Civil Veterinary Department Bihar & Orissa reports 1911-21 - 1911-1921
Year: 1911
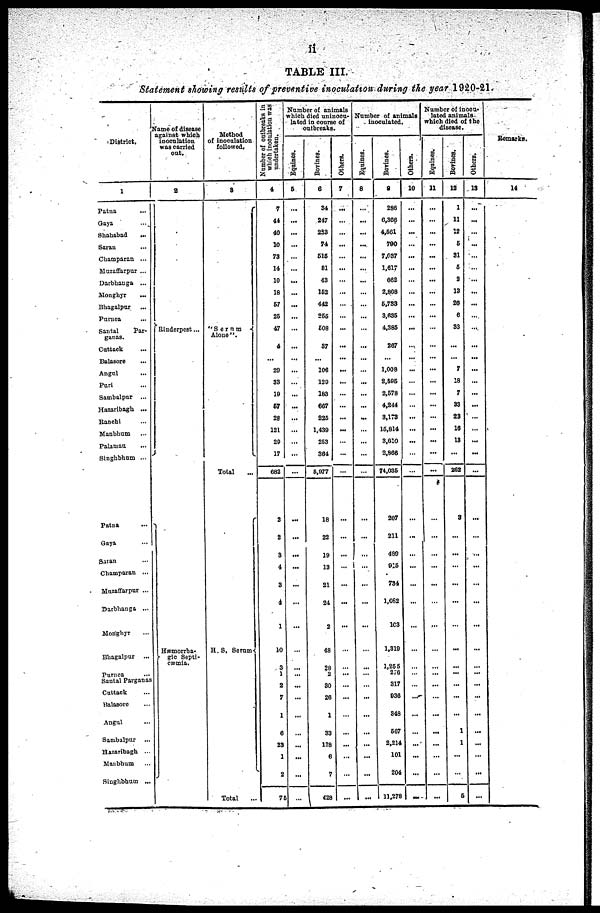
ii
TABLE III.
Statement showing results of preventive inoculation-during the year 1920-21.
District.
1
Patna ...
Gaya ...
Shahabad
...
Saran ...
Champaran ...
Muzaffarpur ...
Darbhanga ...
Monghyr ...
Bhagalpur ...
Parnea ...
Santal
Par-
ganas.
Cuttack ...
Balasore ...
Angul ...
Pari ...
Sambalpur ...
Hazaribagh ...
Ranchi ...
Manbhum ...
Palaman ...
Singhbhum ...
Patna ...
Gaya ...
Satan ...
Champaran ...
Muzaffarpur ...
Darbhanga ...
Monghyr ...
Bhagalpur ...
Purnea ...
Santal Parganas
Cattack ...
Balasore ...
Angul ...
Sambalpur ...
Hazaribagh ...
Manbhum ...
Singhbhum ...
Name of disease
against which
inoculation
was carried
out.
2
Rinderpest...
Hæmorrha-
gic Septi-
cæmia.
Method
of inoculation.
followed.
3
"Serum
Alone".
Total ...
H. S. Serum-
Total ...
Number of outbreaks in
which inoculation was
undertaken.
4
1
44
40
10
73
14
10
18
67
26
47
4
...
29
33
10
67
28
121
29
17
682
2
2
3
4
3
1
1
10
3
1
2
7
1
6
23
1
2
75
Number of animals
which died uninocu-
lated in course of
outbreaks.
Equines.
6
...
...
...
...
...
...
...
...
...
...
...
...
...
...
...
...
...
...
...
...
...
...
...
...
...
...
...
...
...
...
...
...
...
...
...
...
...
......
...
...
Bovines.
6
34
217
233
74
616
81
43
162
442
266
608
37
...
106
129
188
667
225
1,439
253
364
5,977
18
22
19
13
21
24
2
48
28
2
30
26
1
33
128
6
7
428
Others.
7
...
...
...
...
...
...
...
...
...
...
...
...
...
...
...
...
...
...
...
...
...
...
...
...
...
...
...
...
...
...
... ...
...
...
...
...
...
...
...
...
Number of animals
inoculated.
Equines.
8
...
...
...
...
...
...
...
...
...
...
...
...
...
...
...
...
...
...
...
...
...
...
...
...
...
...
...
...
...
...
...
... ...
...
...
...
...
...
...
...
Bovines.
9
286
6,306
4,661
790
7,637
1,617
662
2,808
5,733
3,635
4,385
267
...
1,008
2,595
2,578
4,244
3,173
15,814
3,610
2,866
74,035
207
211
489
915
734
1,082
163
1,319
1,255
276
317
936
348
667
2,214
101
204
11,278
Others.
10
...
...
...
...
...
...
...
...
...
...
...
...
...
...
...
...
...
...
...
...
...
...
...
...
...
...
...
...
...
...
...
... ...
...
...
...
...
...
...
...
Number of inocu-
lated animals -
which died of the
disease.
Equines.
11
...
...
...
...
...
...
...
...
...
...
...
...
...
...
...
...
...
...
...
...
...
...
...
...
...
...
...
...
...
...
...
...
...
...
...
...
...
...
...
...
Bovines.
12
1
11
12
6
31
6
2
13
26
6
33
...
...
7
18
7
33
23
16
13
...
262
3
...
...
...
...
...
...
...
...
...
...
...
...
1
1
...
...
5
Others.
13
...
...
...
...
...
...
...
...
...
...
...
...
...
...
...
...
...
...
...
...
...
...
...
...
...
...
...
...
...
...
...
...
...
...
...
...
...
...
...
...
Remarks.
14